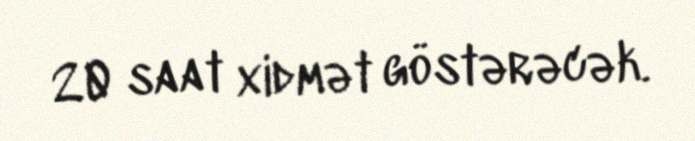
20 saat xidmət göstərəcək.